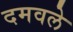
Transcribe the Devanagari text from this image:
दमवले